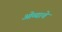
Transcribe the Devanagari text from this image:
ओव्याचे